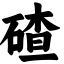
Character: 碴